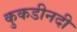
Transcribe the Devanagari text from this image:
कुकडीनदी